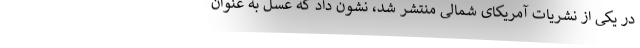
در یکی از نشریات آمریکای شمالی منتشر شد، نشون داد که عسل به عنوان